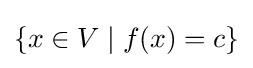
\{x\in V\mid f(x)=c\}